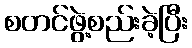
စတင်ဖွဲ့စည်းခဲ့ပြီး